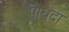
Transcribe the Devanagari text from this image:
पाबदा